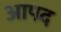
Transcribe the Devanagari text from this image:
आपद